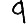
Digit: 9